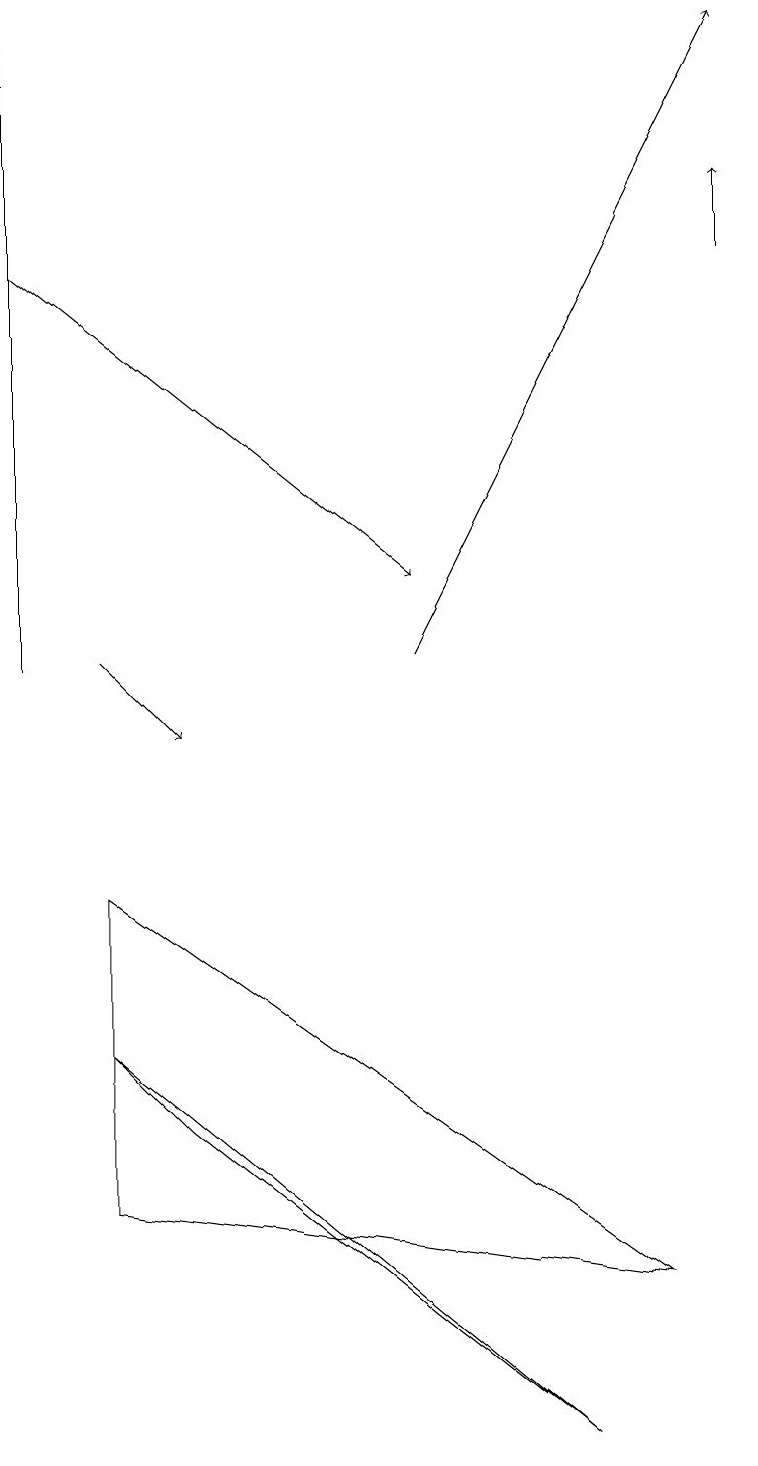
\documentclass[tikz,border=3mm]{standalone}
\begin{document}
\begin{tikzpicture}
\draw[->] (0,16) -- (5,12);
\draw[->] (1,11) -- (2,10);
\draw (0,11) rectangle (0,19);
\draw[->] (9,16) -- (9,17);
\draw[->] (5,11) -- (9,19);
\draw (8,3) -- (1,8) -- (1,4) -- cycle;
\draw (7,1) -- (1,6) -- (2,5) -- cycle;
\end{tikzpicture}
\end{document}